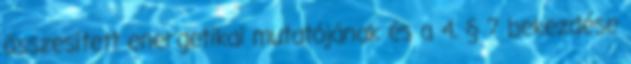
összesített energetikai mutatójának és a 4. § 7 bekezdése